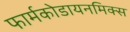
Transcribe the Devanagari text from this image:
फार्मकोडायनमिक्स